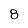
Character: 8